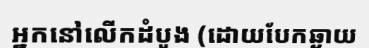
អ្នកនៅលើកដំបូង (ដោយបែកឆ្ងាយ